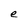
Character: e